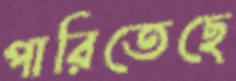
পারিতেছে